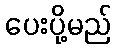
ပေးပို့မည်